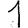
Digit: 1